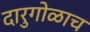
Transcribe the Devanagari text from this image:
दारुगोळाच